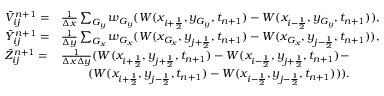
\begin{array} { l l l l } { \Bar V _ { i j } ^ { n + 1 } = } & { \frac { 1 } { \Delta x } \sum _ { G _ { y } } w _ { G _ { y } } ( W ( x _ { i + \frac { 1 } { 2 } } , y _ { G _ { y } } , t _ { n + 1 } ) - W ( x _ { i - \frac { 1 } { 2 } } , y _ { G _ { y } } , t _ { n + 1 } ) ) , } \\ { \Bar Y _ { i j } ^ { n + 1 } = } & { \frac { 1 } { \Delta y } \sum _ { G _ { x } } w _ { G _ { x } } ( W ( x _ { G _ { x } } , y _ { j + \frac { 1 } { 2 } } , t _ { n + 1 } ) - W ( x _ { G _ { x } } , y _ { j - \frac { 1 } { 2 } } , t _ { n + 1 } ) ) , } \\ { \Bar Z _ { i j } ^ { n + 1 } = } & { \frac { 1 } { \Delta x \Delta y } ( W ( x _ { i + \frac { 1 } { 2 } } , y _ { j + \frac { 1 } { 2 } } , t _ { n + 1 } ) - W ( x _ { i - \frac { 1 } { 2 } } , y _ { j + \frac { 1 } { 2 } } , t _ { n + 1 } ) - } \\ & { \qquad \; ( W ( x _ { i + \frac { 1 } { 2 } } , y _ { j - \frac { 1 } { 2 } } , t _ { n + 1 } ) - W ( x _ { i - \frac { 1 } { 2 } } , y _ { j - \frac { 1 } { 2 } } , t _ { n + 1 } ) ) ) . } \end{array}